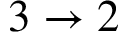
3 \to 2